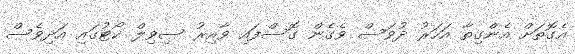
އެގޮތަށް އެންގިތާ އަހަރު ދުވަސް ވެގެން ގޮސްފައި ވާއިރު ސިވިލް ކޯޓުގައި އަދިވެސް